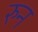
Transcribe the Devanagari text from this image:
रुन